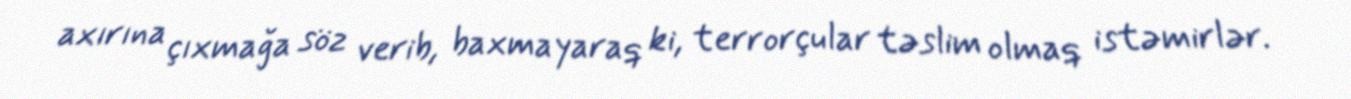
axırına çıxmağa söz verib, baxmayaraq ki, terrorçular təslim olmaq istəmirlər.